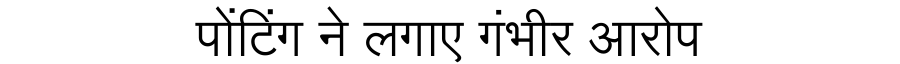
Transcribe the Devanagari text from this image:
पोंटिंग ने लगाए गंभीर आरोप